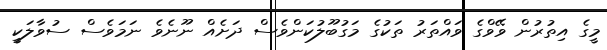
މީގެ އިތުރުން ވޭވްގެ ވައްތަރު ތަކުގެ މަގުބޫލުކަންވެސް ދަށެއް ނޫނެވެ ނަމަވެސް ސުވާލަކީ